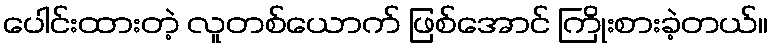
ပေါင်းထားတဲ့ လူတစ်ယောက် ဖြစ်အောင် ကြိုးစားခဲ့တယ်။